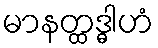
မာနတ္ထဒ္ဓါဟံ